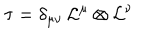
LaTeX: \tau = \delta _ { \mu \nu } \, { \cal L } ^ { \mu } \otimes { \cal L } ^ { \nu }